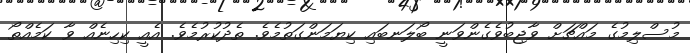
މުސްލިމުގެ މައްޗަށް ވާޖިބުވެގެންވަނީ ބޯލަނބައި ކިޔަމަންގަތުމެވެ. ތެދުކުރުމެވެ. އެއީ ކިހިނެއް ވާ ކަމެއްތޯ